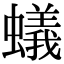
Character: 蟻